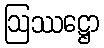
ဩဿဋ္ဌော